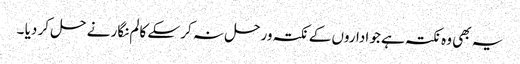
یہ بھی وہ نکتہ ہے جو اداروں کے نکتہ ورحل نہ کر سکے کالم نگار نے حل کر دیا ۔